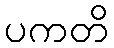
ပကတိ